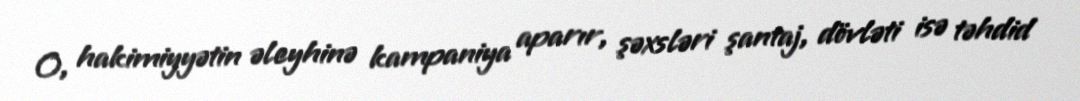
O, hakimiyyətin əleyhinə kampaniya aparır, şəxsləri şantaj, dövləti isə təhdid